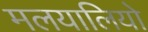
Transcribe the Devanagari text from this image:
मलयालियो